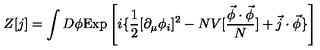
Z [ j ] = \int D \phi \mathrm { E x p } \left[ i \{ \frac { 1 } { 2 } [ \partial _ { \mu } \phi _ { i } ] ^ { 2 } - N V [ \frac { \vec { \phi } \cdot \vec { \phi } } { N } ] + \vec { j } \cdot \vec { \phi } \} \right]